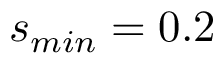
s _ { m i n } = 0 . 2